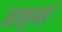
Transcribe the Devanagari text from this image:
परभूभाई